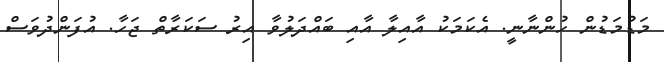
މަޑުމަޑުން ހުންނާނީ. އެކަމަކު އާއިލާ އާއި ބައްދަލުވާ އިރު ސަކަރާތް ޖަހާ. އުފަންދުވަސް